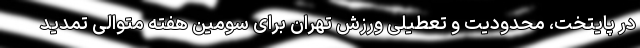
در پایتخت، محدودیت و تعطیلی ورزش تهران برای سومین هفته متوالی تمدید